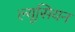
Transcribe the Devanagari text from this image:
ल्यूसियन